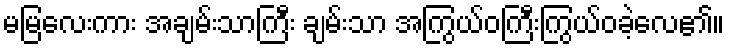
မမြလေးကား အချမ်းသာကြီး ချမ်းသာ အကြွယ်ဝကြီးကြွယ်ဝခဲ့လေ၏။